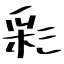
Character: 彩